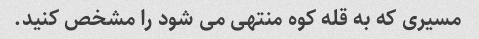
مسیری که به قله کوه منتهی می شود را مشخص کنید.